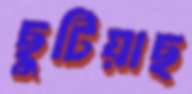
ছুটিয়াছ